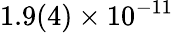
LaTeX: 1.9(4)\times 10^{-11}